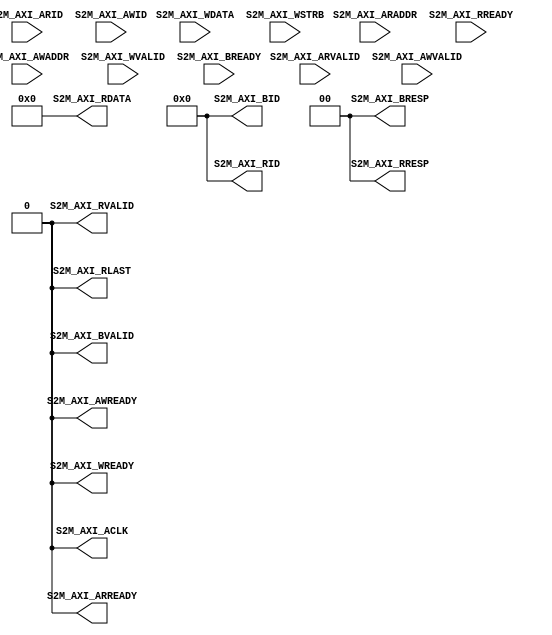
module axi_slave_stub(

    output S2M_AXI_ACLK,

    // Read interface
    input S2M_AXI_ARVALID,
    output S2M_AXI_ARREADY,
    input [31:0] S2M_AXI_ARADDR,
    input [11:0] S2M_AXI_ARID,

    output S2M_AXI_RVALID,
    input S2M_AXI_RREADY,
    output S2M_AXI_RLAST,
    output [31:0] S2M_AXI_RDATA,
    output [11:0] S2M_AXI_RID,

    output [1:0] S2M_AXI_RRESP,

    //write interface
    input S2M_AXI_AWVALID,
    output S2M_AXI_AWREADY,
    input [31:0] S2M_AXI_AWADDR,
    input [11:0] S2M_AXI_AWID,

    input S2M_AXI_WVALID,
    output S2M_AXI_WREADY,
    input [31:0] S2M_AXI_WDATA,
    input [3:0] S2M_AXI_WSTRB,

    output S2M_AXI_BVALID,
    input S2M_AXI_BREADY,
    output [1:0] S2M_AXI_BRESP,
    output [11:0] S2M_AXI_BID
);
    
    assign S2M_AXI_ACLK = 1'b0;
    // Read interface
    assign S2M_AXI_ARREADY = 1'b0;
    assign S2M_AXI_RVALID = 1'b0;
    assign S2M_AXI_RLAST = 1'b0;
    assign S2M_AXI_RDATA = 32'b0;
    assign S2M_AXI_RID = 12'b0;
    assign S2M_AXI_RRESP = 2'b0;

    //write interface
    assign S2M_AXI_AWREADY = 1'b0;
    assign S2M_AXI_WREADY = 1'b0;
    assign S2M_AXI_BVALID = 1'b0;
    assign S2M_AXI_BRESP = 2'b0;
    assign S2M_AXI_BID = 12'b0;


endmodule